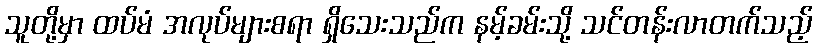
သူတို့မှာ ထပ်မံ အလုပ်များစရာ ရှိသေးသည်က နမ့်ခမ်းသို့ သင်တန်းလာတက်သည့်